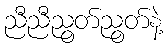
ညီညီညွတ်ညွတ်နဲ့